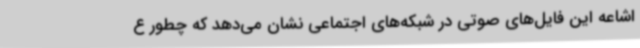
اشاعه این فایل‌های صوتی در شبکه‌های اجتماعی نشان می‌دهد که چطور ع